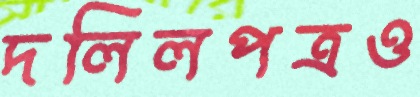
দলিলপত্রও